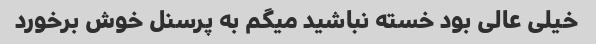
خیلی عالی بود خسته نباشید میگم به پرسنل خوش برخورد